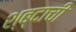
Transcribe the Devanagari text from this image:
श्ब्दाची